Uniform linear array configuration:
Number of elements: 24
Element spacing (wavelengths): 0.75
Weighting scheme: uniform
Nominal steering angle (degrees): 0
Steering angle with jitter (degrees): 1.711
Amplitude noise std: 0.05
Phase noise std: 0.05

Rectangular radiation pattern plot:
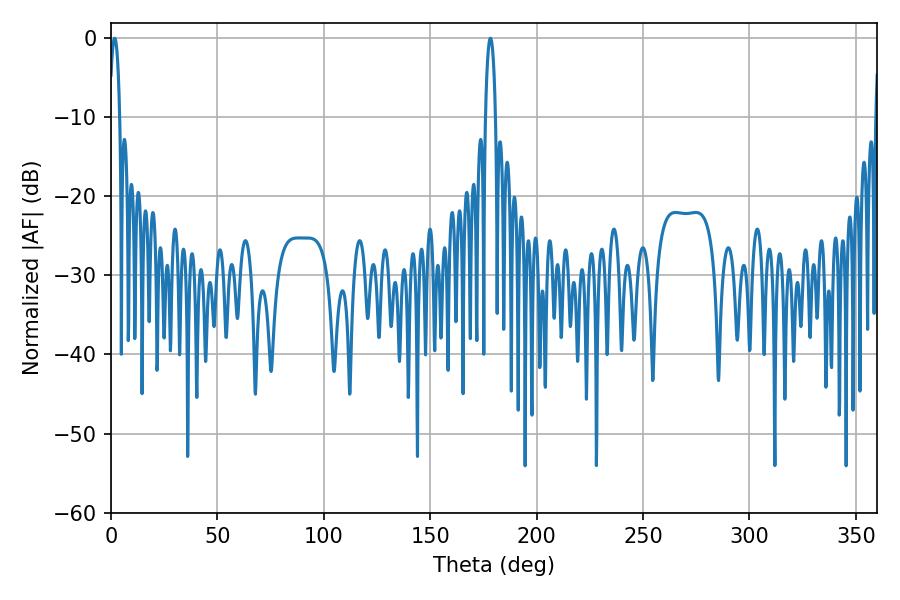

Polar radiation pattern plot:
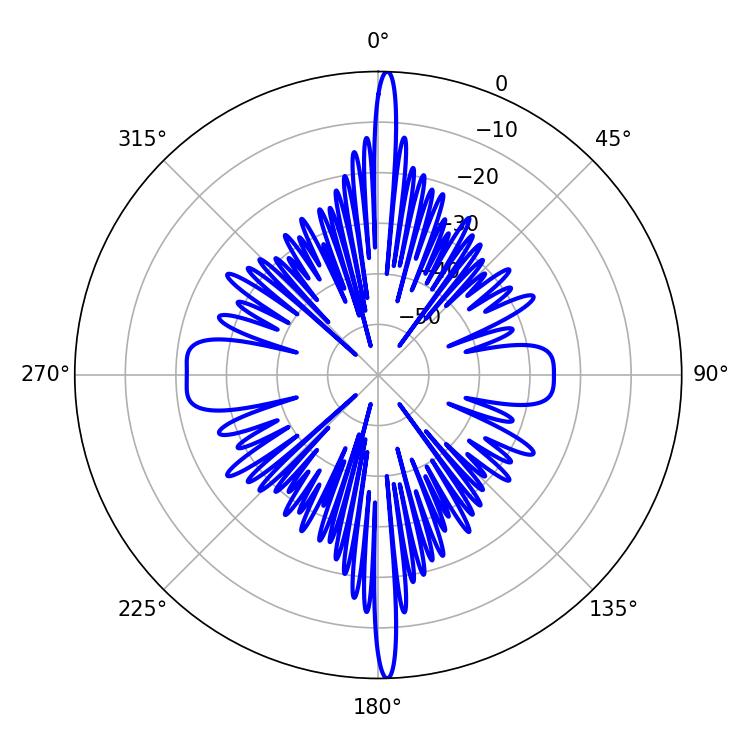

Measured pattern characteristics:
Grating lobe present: TRUE
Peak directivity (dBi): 30.584
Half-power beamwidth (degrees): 2.7
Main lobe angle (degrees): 178.2